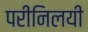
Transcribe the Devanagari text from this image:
परीनिलयी